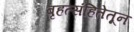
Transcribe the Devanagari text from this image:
बृहत्संहितेतून